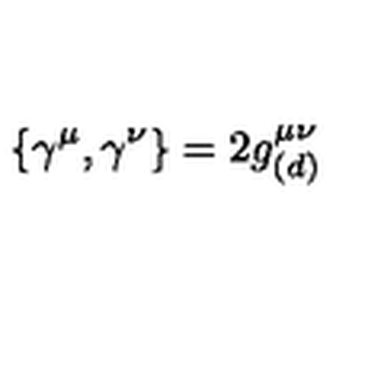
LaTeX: \{ \gamma ^ { \mu } , \gamma ^ { \nu } \} = 2 g _ { ( d ) } ^ { \mu \nu }